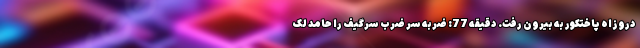
دروزاه پاختکور به بیرون رفت. دقیقه 77: ضربه سر ضرب سرگیف را حامد لک